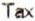
TAX